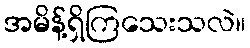
အမိန့်ရှိကြသေးသလဲ။